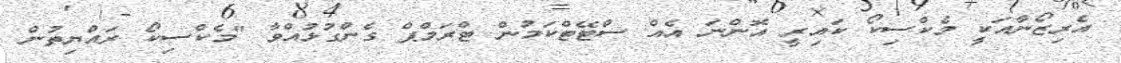
އެރިޒޯނާއަކީ މެކްސިކޯ ކައިރީ އޮންނަ އެއް ސްޓޭޓްކަމުން ޓްރަމްޕް ގެންގުޅުއްވާ "މެކްސިކޯ ރައްޔިތުން